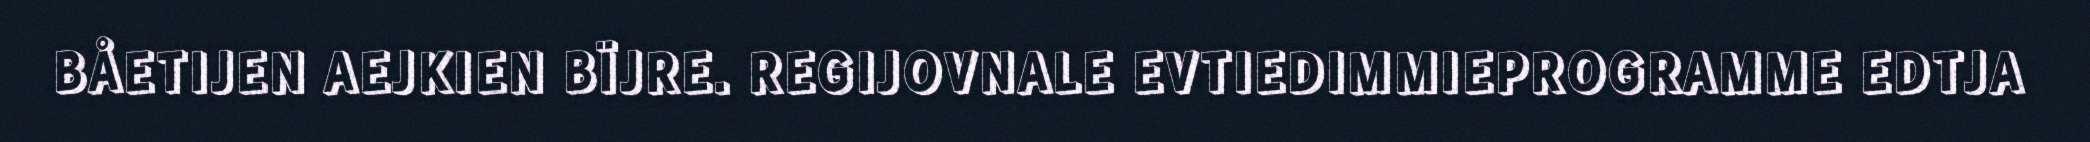
BÅETIJEN AEJKIEN BÏJRE. REGIJOVNALE EVTIEDIMMIEPROGRAMME EDTJA